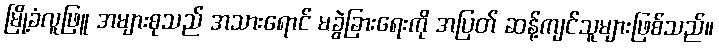
မြို့ခံလူဖြူ အများစုသည် အသားရောင် မခွဲခြားရေးကို အပြတ် ဆန့်ကျင်သူများဖြစ်သည်။